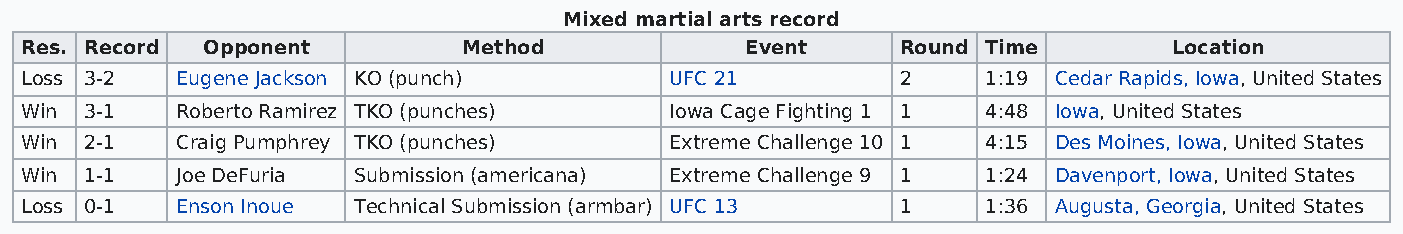
Mixed martial arts record
 Res. Record Opponent          Method            Event      Round Time        Location
 Loss 3-2   Eugene Jackson KO (punch)       UFC 21          2    1:19 Cedar Rapids, Iowa, United States
 Win  3-1   Roberto Ramirez TKO (punches)   Iowa Cage Fighting 1 1 4:48 Iowa, United States
 Win  2-1   Craig Pumphrey TKO (punches)    Extreme Challenge 10 1 4:15 Des Moines, Iowa, United States
 Win  1-1   Joe DeFuria Submission (americana) Extreme Challenge 9 1 1:24 Davenport, Iowa, United States
 Loss 0-1   Enson Inoue Technical Submission (armbar) UFC 13 1   1:36 Augusta, Georgia, United States